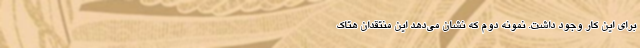
برای این کار وجود داشت. نمونه دوم که نشان می‌دهد این منتقدان هتاک